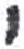
אות: י